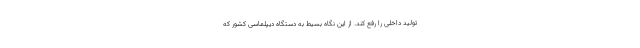
تولید داخلی را رفع کند. از این نگاه بسیط به دستگاه دیپلماسی کشور که